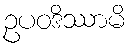
ဥပဝဒိဿာမိ